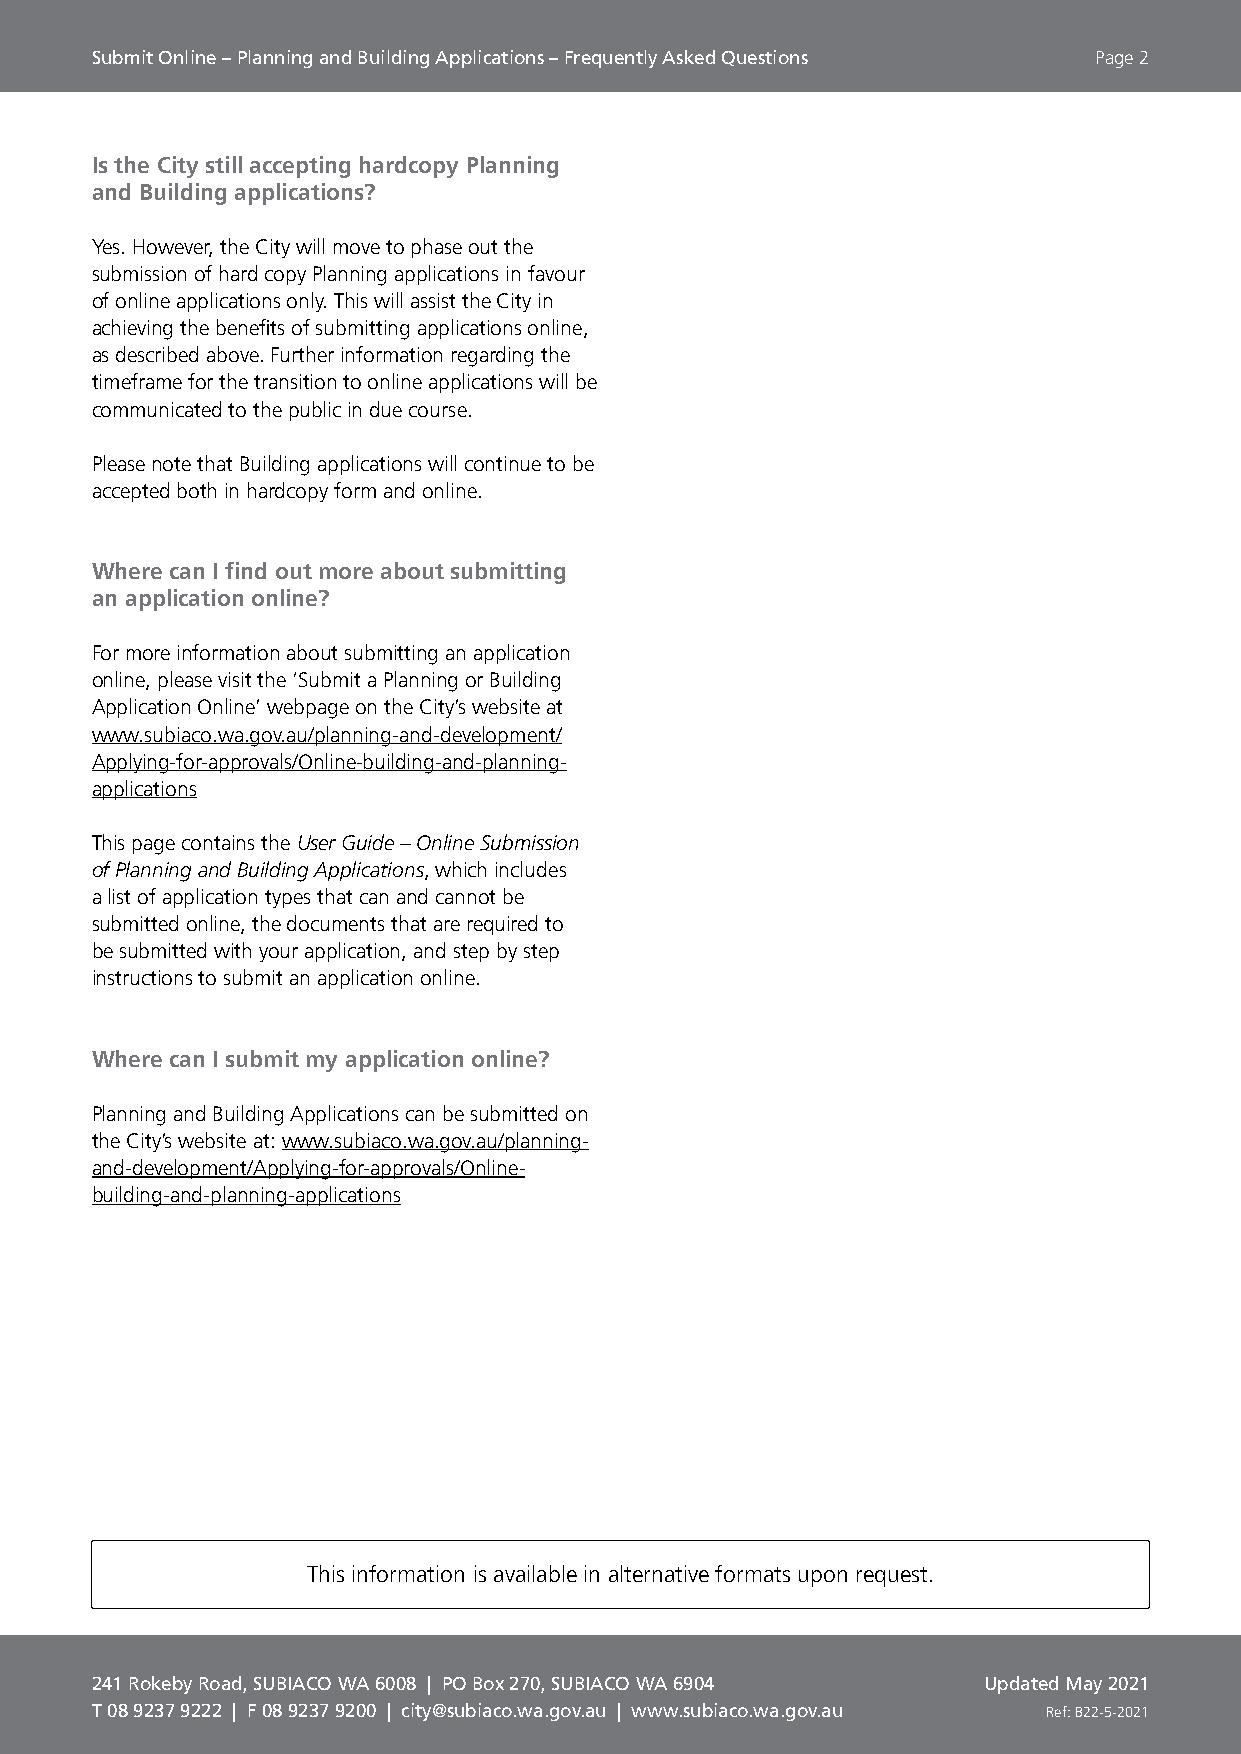
Submit Online – Planning and Building Applications – Frequently Asked Questions Page 2
 Is the City still accepting hardcopy Planning
 and Building applications?
 Yes. However, the City will move to phase out the
 submission of hard copy Planning applications in favour
 of online applications only. This will assist the City in
 achieving the benefits of submitting applications online,
 as described above. Further information regarding the
 timeframe for the transition to online applications will be
 communicated to the public in due course.
 Please note that Building applications will continue to be
 accepted both in hardcopy form and online.
 Where can I find out more about submitting
 an application online?
 For more information about submitting an application
 online, please visit the ‘Submit a Planning or Building
 Application Online’ webpage on the City’s website at
 www.subiaco.wa.gov.au/planning-and-development/
 Applying-for-approvals/Online-building-and-planning-
 applications
 This page contains the User Guide – Online Submission
 of Planning and Building Applications, which includes
 a list of application types that can and cannot be
 submitted online, the documents that are required to
 be submitted with your application, and step by step
 instructions to submit an application online.
 Where can I submit my application online?
 Planning and Building Applications can be submitted on
 the City’s website at: www.subiaco.wa.gov.au/planning-
 and-development/Applying-for-approvals/Online-
 building-and-planning-applications
 This information is available in alternative formats upon request.
 241 Rokeby Road, SUBIACO WA 6008 | PO Box 270, SUBIACO WA 6904 Updated May 2021
 T 08 9237 9222 | F 08 9237 9200 | city@subiaco.wa.gov.au | www.subiaco.wa.gov.au Ref: B22-5-2021